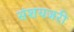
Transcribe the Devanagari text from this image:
संशयजरी